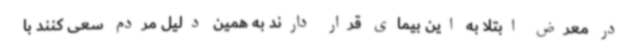
در معرض ابتلا به این بیمای قرار دارند به همین دلیل مردم سعی کنند با